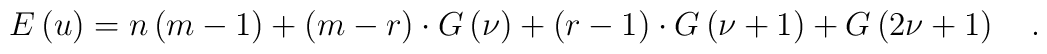
E\left( u\right) =n\left( m-1\right) +\left( m-r\right)\cdot G\left( \nu \right) +\left( r-1\right) \cdot G\left( \nu +1\right)+G\left( 2\nu +1\right) \quad .